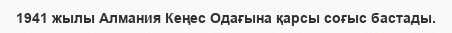
1941 жылы Алмания Кеңес Одағына қарсы соғыс бастады.